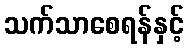
သက်သာစေရန်နှင့်